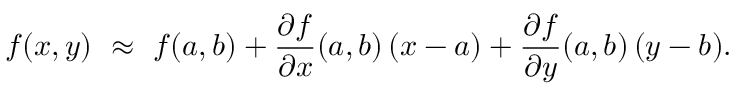
f ( x , y ) \ \approx \ f ( a , b ) + { \frac { \partial f } { \partial x } } ( a , b ) \, ( x - a ) + { \frac { \partial f } { \partial y } } ( a , b ) \, ( y - b ) .